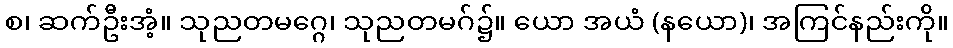
စ၊ ဆက်ဦးအံ့။ သုညတမဂ္ဂေ၊ သုညတမဂ်၌။ ယော အယံ (နယော)၊ အကြင်နည်းကို။